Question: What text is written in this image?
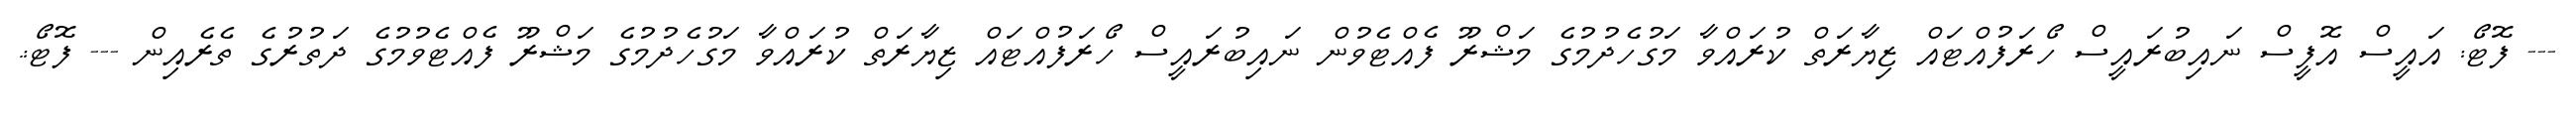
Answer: --- ފޮޓޯ: އައީސް އޮފީސް ނައިބުރައީސް ހޯރަފުއްޓައް ޒިޔާރަތް ކުރައްވާ މަގުހެދުމުގެ މަޝްރޫ ފެއްޓެވުން ނައިބުރައީސް ހޯރަފުއްޓައް ޒިޔާރަތް ކުރައްވާ މަގުހެދުމުގެ މަޝްރޫ ފެއްޓެވުމުގެ ދަތުރުގެ ތެރެއިން --- ފޮޓޯ:.